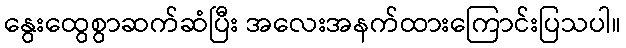
နွေးထွေစွာဆက်ဆံပြီး အလေးအနက်ထားကြောင်းပြသပါ။